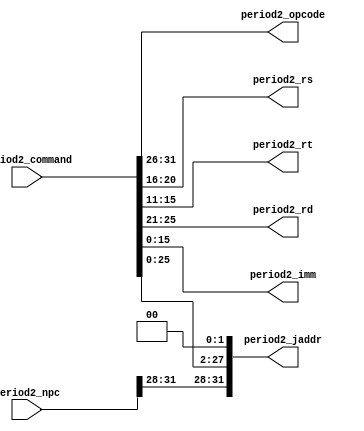
`ifndef _Decode
`define _Decode

module Decode(
    input [31:0] period2_npc,
    input [31:0] period2_command,
    output [5:0] period2_opcode,
    output [4:0] period2_rs,
    output [4:0] period2_rt,
    output [4:0] period2_rd,
    output [15:0] period2_imm,
    output [31:0] period2_jaddr
    );
    assign period2_opcode  = period2_command[31:26];
	assign period2_rd = period2_command[25:21];
	assign period2_rs = period2_command[20:16];
	assign period2_rt = period2_command[15:11];
	assign period2_imm = period2_command[15:0];
	assign period2_jaddr = {period2_npc[31:28], period2_command[25:0], {2{1'b0}}};
    
endmodule

`endif